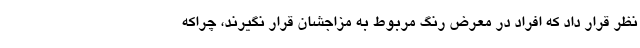
نظر قرار داد که افراد در معرض رنگ مربوط به مزاجشان قرار نگیرند، چراکه